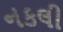
નકલી